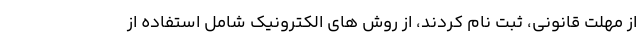
از مهلت قانونی، ثبت نام کردند، از روش های الکترونیک شامل استفاده از